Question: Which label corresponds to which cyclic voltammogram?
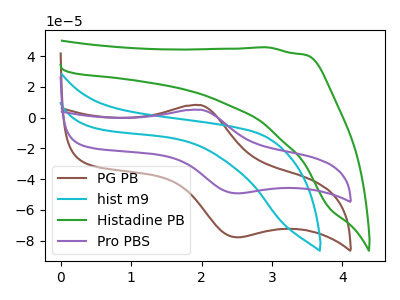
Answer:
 <answer>The brown curve is labeled "PG PB". The cyan curve is labeled "hist m9". The green curve is labeled "Histadine PB". The purple curve is labeled "Pro PBS".</answer>
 <eval></eval>